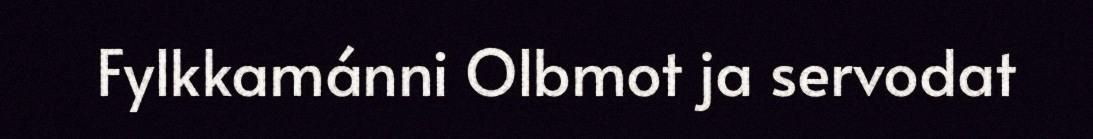
Fylkkamánni Olbmot ja servodat